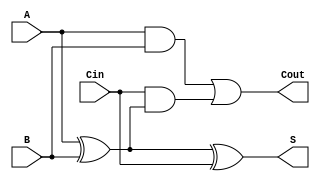
module async_full_adder (
    input wire A,      // First bit input
    input wire B,      // Second bit input
    input wire Cin,    // Carry-in input
    output wire S,     // Sum output
    output wire Cout   // Carry-out output
);

// Intermediate signals
wire AxorB;          // Intermediate XOR result
wire AandB;          // AND result of A and B
wire CinAndAxorB;    // AND result of Cin and (A XOR B)

// Compute the sum using XOR gates
assign AxorB = A ^ B;          // A XOR B
assign S = AxorB ^ Cin;        // S = (A XOR B) XOR Cin

// Compute the carry-out using AND and OR gates
assign AandB = A & B;          // A AND B
assign CinAndAxorB = Cin & AxorB; // Cin AND (A XOR B)
assign Cout = AandB | CinAndAxorB; // Cout = (A AND B) OR (Cin AND (A XOR B))

endmodule